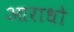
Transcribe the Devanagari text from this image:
आराधो